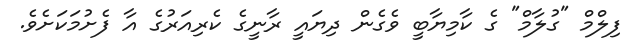
ފިލްމް "ގުލާމް" ގެ ކާމިޔާބީ ވެގެން ދިޔައީ ރާނީގެ ކެރިއަރުގެ އާ ފެށުމަކަށެވެ.